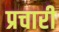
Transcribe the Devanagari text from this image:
प्रचारी